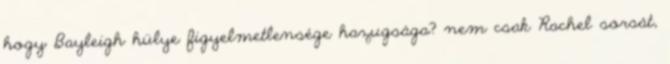
hogy Bayleigh hülye figyelmetlensége hazugsága? nem csak Rachel sorsát,